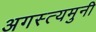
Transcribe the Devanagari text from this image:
अगस्त्यमुनी